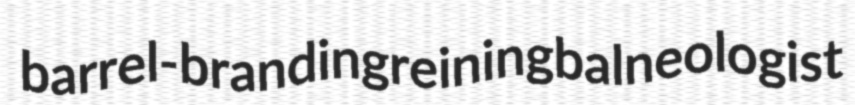
barrel-branding reining balneologist